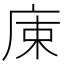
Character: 𢈠